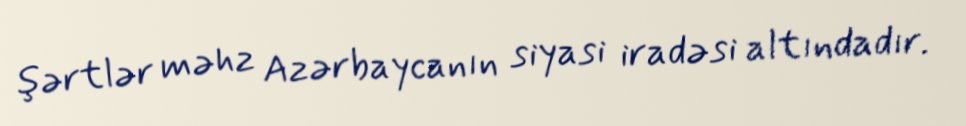
şərtlər məhz Azərbaycanın siyasi iradəsi altındadır.